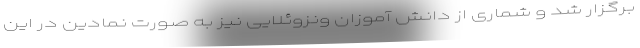
برگزار شد و شماری از دانش آموزان ونزوئلایی نیز به صورت نمادین در این